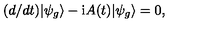
( d / d t ) | { \psi } _ { g } \rangle - \mathrm { i } A ( t ) | \psi _ { g } \rangle = 0 ,